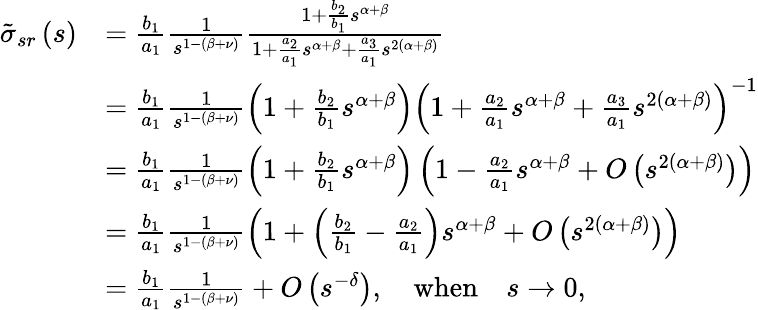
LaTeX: \begin{array}{rl}{\tilde{\sigma}_{sr}\left(s\right)}&{=\frac{b_{1}}{a_{1}}\frac{1}{s^{1-\left(\beta+\nu\right)}}\frac{1+\frac{b_{2}}{b_{1}}s^{\alpha+\beta}}{1+\frac{a_{2}}{a_{1}}s^{\alpha+\beta}+\frac{a_{3}}{a_{1}}s^{2\left(\alpha+\beta\right)}}}\\ &{=\frac{b_{1}}{a_{1}}\frac{1}{s^{1-\left(\beta+\nu\right)}}\left(1+\frac{b_{2}}{b_{1}}s^{\alpha+\beta}\right)\left(1+\frac{a_{2}}{a_{1}}s^{\alpha+\beta}+\frac{a_{3}}{a_{1}}s^{2\left(\alpha+\beta\right)}\right)^{-1}}\\ &{=\frac{b_{1}}{a_{1}}\frac{1}{s^{1-\left(\beta+\nu\right)}}\left(1+\frac{b_{2}}{b_{1}}s^{\alpha+\beta}\right)\left(1-\frac{a_{2}}{a_{1}}s^{\alpha+\beta}+O\left(s^{2\left(\alpha+\beta\right)}\right)\right)}\\ &{=\frac{b_{1}}{a_{1}}\frac{1}{s^{1-\left(\beta+\nu\right)}}\left(1+\left(\frac{b_{2}}{b_{1}}-\frac{a_{2}}{a_{1}}\right)s^{\alpha+\beta}+O\left(s^{2\left(\alpha+\beta\right)}\right)\right)}\\ &{=\frac{b_{1}}{a_{1}}\frac{1}{s^{1-\left(\beta+\nu\right)}}+O\left(s^{-\delta}\right),\quad\mathrm{when}\quad s\rightarrow 0,}\end{array}